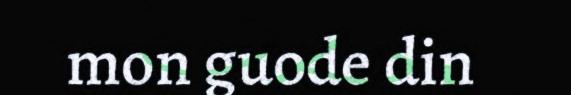
mon guode din